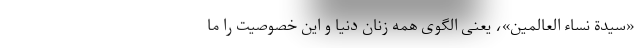
«سیدة نساء العالمین»، یعنی الگوی همه زنان دنیا و این خصوصیت را ما